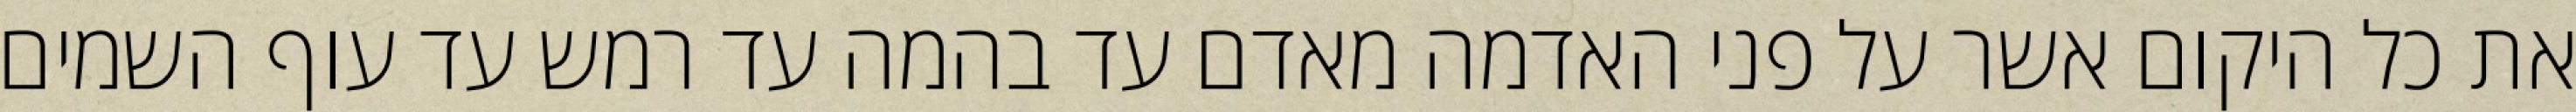
את כל היקום אשר על פני האדמה מאדם עד בהמה עד רמש עד עוף השמים